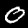
Label: 0